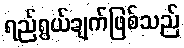
ရည်ရွယ်ချက်ဖြစ်သည်